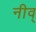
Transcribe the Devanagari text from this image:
नीव्